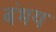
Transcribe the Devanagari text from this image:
बंभय